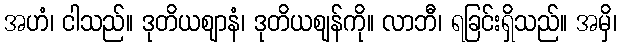
အဟံ၊ ငါသည်။ ဒုတိယဈာနံ၊ ဒုတိယဈန်ကို။ လာဘီ၊ ရခြင်းရှိသည်။ အမှိ၊